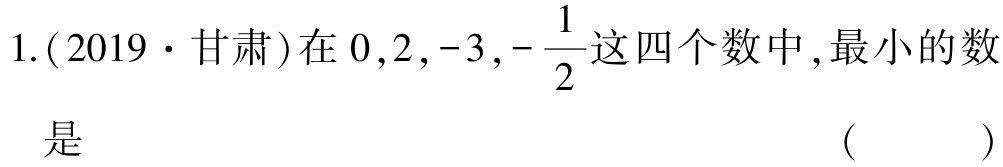
1.(2019·甘肃)在\(0,2,-3,-\dfrac{1}{2}\)这四个数中,最小的数是 （  ）